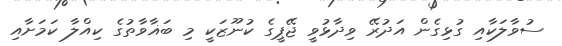
ސުވާލަކާއި ގުޅިގެން އަދުރޭ ވިދާޅުވީ ޖޭޕީގެ ކުނޫޒަކީ މި ބަޣާވާތުގެ ކިއްލާ ކަމަށާއި